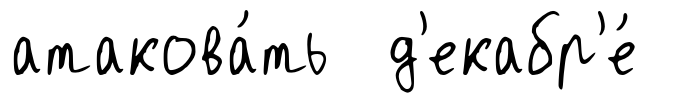
атакова́ть д'екабр'е́